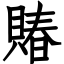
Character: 賰